Lunatic asylums Bombay report 1878-1890 - 1878-1890
Year: 1878
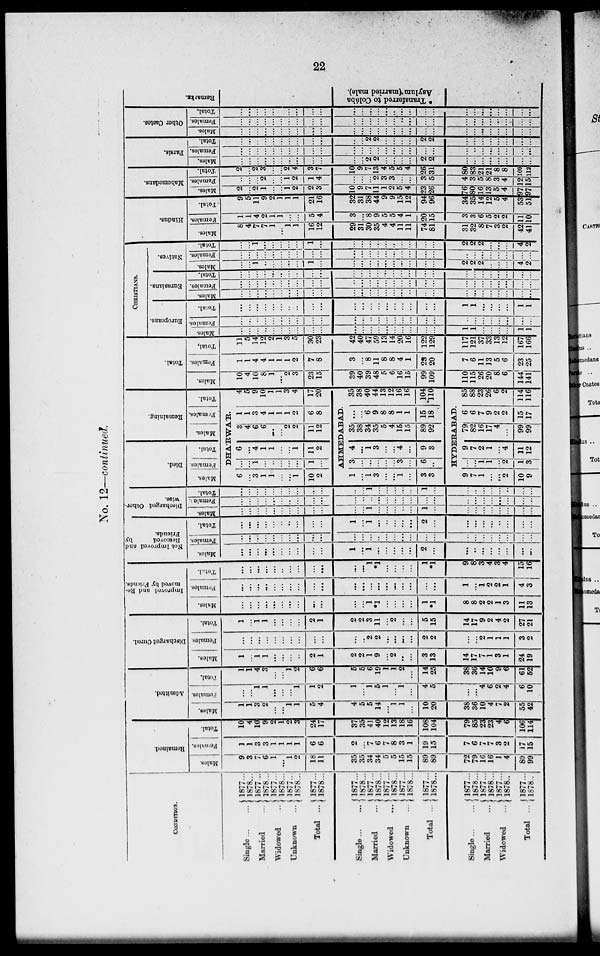
22
No. 12—continued.
CONDITION.
Single
...
...
Married ...
Widowed ...
Unknown ...
Total ...
Single ... ...
Married ...
Widowed
...
Unknown ...
Total ...
Single ... ...
Married ...
Widowed
...
Total ...
1877...
1878...
1877 ..
1878...
1877
1878...
1877..
1878...
1877...
1878...
1877...
1878...
1877...
1878...
1877...
1878...
1877...
1878...
1877...
1878...
1877..
1878...
1877...
1878...
1877...
1878..
1877...
1878..
Remained.
Males.
9
3
6
1
1
2
18
11
35
35
34
34
5
5
15
15
89
89
72
79
16
16
1
4
89
99
Females.
1
1
3
3
1
1
1
1
6
6
2
...
7
6
7
8
3
1
19
15
7
6
7
7
3
2
17
15
Total.
10
4
10
9
2
1
2
3
24
17
37
35
41
40
12
13
18
16
108
104
79
85
23
23
4
6
106
114
Admitted.
Males.
1
1
3
2
...
...
1
1
5
4
4
5
5
14
...
1
1
...
10
20
38
36
10
4
7
2
55
42
Females.
...
...
1
1
...
...
...
1
1
2
1
...
1
5
1
...
1
...
4
5
...
...
4
6
2
4
6
10
Total.
1
1
4
3
...
...
1
2
6
6
5
5
6
19
1
1
2
...
14
25
38
36
14
10
9
6
61
52
Discharged Cured.
Males.
1
...
1
1
...
...
...
...
2
1
2
2
1
9
...
2
...
...
3
13
14
17
7
1
3
1
24
...
Females.
...
...
...
...
...
...
...
...
...
...
...
...
2
2
...
...
...
...
2
2
...
...
2
1
1
1
3
2
Total.
1
...
1
1
...
...
...
...
2
1
2
2
3
11
...
2
...
...
5
15
14
17
9
2
4
2
27
21
Improved and Re-
moved by Friends.
Males.
...
...
...
...
...
...
...
...
...
...
...
...
1
*1
...
...
...
...
1
*1
8
8
2
2
1
3
11
13
Females.
...
...
...
...
...
...
...
...
...
...
...
...
...
...
...
...
...
...
...
...
1
...
1
2
2
1
4
3
Total.
...
...
...
...
...
...
...
...
...
...
...
...
1
*1
...
...
...
...
1
*1
9
8
3
4
3
4
15
16
Not Improved and
Removed
by
Friends.
Males.
...
...
...
...
...
...
...
...
...
...
1
...
1
...
...
...
...
...
2
...
...
...
...
...
...
...
...
...
Females.
...
...
...
...
...
...
...
...
...
...
...
...
...
...
...
...
...
...
...
...
...
...
...
...
...
...
...
...
Total.
...
...
...
...
...
...
...
...
...
...
1
...
1
...
...
...
...
...
2
...
...
...
...
...
...
...
...
...
Discharged Other-
wise.
Males.
...
...
...
...
...
...
...
...
...
....
...
...
1
...
...
...
...
...
1
...
...
...
...
...
...
...
...
...
Females.
...
...
...
...
...
...
...
...
...
...
...
...
...
...
...
...
...
...
...
...
...
...
...
...
...
...
...
...
Total.
...
...
...
...
...
...
...
...
...
...
...
...
1
...
...
...
...
...
1
...
...
...
...
...
...
...
...
...
Died.
Males.
Females.
Total.
Remaining.
Males.
Females.
Total.
DHA'RWA'R.
6
...
3
1
1
...
...
1
10
2
...
...
1
...
...
...
...
...
1
...
6
...
4
1
1
...
...
1
11
2
3
4
6
6
...
...
2
2
11
12
1
1
3
4
1
1
1
2
6
8
4
5
9
10
1
1
3
4
17
20
AHMEDABAD.
1
...
1
3
...
...
1
...
3
3
3
...
...
...
...
...
3
...
6
...
4
...
1
3
...
...
4
...
9
3
35
38
34
35
5
4
15
15
89
92
...
...
6
9
8
8
1
1
15
18
35
38
40
44
13
12
16
16
104
110
HYDERABAD.
9
7
1
...
...
2
10
9
...
...
1
1
...
2
1
3
9
7
2
1
...
4
11
12
79
82
16
17
4
...
99
99
6
6
7
9
2
2
15
17
85
88
23
26
6
2
114
116
Total.
Males.
10
4
10
8
1
2
3
23
15
39
40
39
48
5
6
16
15
99
109
110
115
26
20
8
6
144
141
Females.
1
1
4
4
1
1
1
2
7
8
3
...
8
11
8
8
4
1
23
20
7
6
11
13
5
6
23
25
Total.
11
5
14
12
2
1
3
5
30
23
42
40
47
59
13
14
20
16
122
129
117
121
37
33
13
12
167
166
CHRISTIANS.
Europeans.
Males.
...
...
...
...
...
...
...
...
...
...
...
...
...
...
...
...
...
...
...
...
1
1
...
...
...
...
1
1
Females.
...
...
...
...
...
...
...
...
...
...
...
...
...
...
...
...
...
...
...
...
...
...
...
...
...
...
...
...
Total.
...
...
...
...
...
...
...
...
...
...
...
...
...
...
...
...
...
...
...
...
1
1
...
...
...
...
1
1
Eurasians.
Males.
...
...
...
...
...
...
...
...
...
...
...
...
...
...
...
...
...
...
...
...
...
...
...
...
...
...
...
...
Females.
...
...
...
...
...
...
...
...
...
...
...
...
...
...
...
...
...
...
...
...
...
...
...
...
...
...
...
...
Total.
...
...
...
...
...
...
...
...
...
...
...
...
...
...
...
...
...
...
...
...
...
...
...
...
...
...
...
...
Natives.
Males.
...
...
1
...
...
...
...
...
1
...
...
...
...
...
...
...
...
...
...
...
2
2
2
...
...
...
4
2
Females.
...
...
...
...
...
...
...
...
...
...
...
...
...
...
...
...
...
...
...
...
...
...
...
...
...
...
...
...
Total.
...
...
1
...
...
...
...
...
1
...
...
...
...
...
...
...
...
...
...
...
2
2
2
...
...
...
4
2
Hindus.
Males.
8
4
7
7
1
...
1
1
16
12
29
31
30
35
4
4
11
11
74
81
31
32
8
7
3
2
42
41
Females.
1
1
4
2
1
1
...
...
5
4
3
...
8
9
5
5
4
1
20
15
3
3
6
5
2
2
11
10
Total.
9
5
11
9
2
1
1
1
21
16
32
31
38
44
9
9
15
12
94
96
34
35
14
12
5
4
Mahomedans.
Males.
2
...
2
1
...
...
1
2
2
3
10
9
7
11
1
2
5
4
23
26
76
80
16
13
5
4
53 97
51 97
Females.
...
...
...
2
...
...
1
2
1
4
...
...
...
2
3
3
...
...
3
5
4
3
5
8
3
4
12
15
Total.
2
...
2
3
...
...
2
4
3
7
10
9
7
13
4
5
5
4
26
31
80
83
21
21
8
8
109
112
Parsis.
Males.
...
...
...
...
...
...
...
...
...
...
...
...
2
2
...
...
...
...
2
2
...
...
...
...
...
...
...
...
Females.
...
...
...
...
...
...
...
...
...
...
...
...
...
...
...
...
...
...
...
...
...
...
...
...
...
...
...
...
Total.
...
...
...
...
...
...
...
...
...
...
...
...
2
2
...
...
...
...
2
2
...
...
...
...
...
...
...
...
Other Castes.
Males.
...
...
...
...
...
...
...
...
...
...
...
...
...
...
...
...
...
...
...
...
...
...
...
...
...
...
...
...
Females.
...
...
...
...
...
...
...
...
...
...
...
...
...
...
...
...
...
...
...
...
...
...
...
...
...
...
...
...
Total.
...
...
...
...
...
...
...
...
...
...
...
...
...
...
...
...
...
...
...
...
...
...
...
...
...
...
...
...
Remarks.
5"S
§3